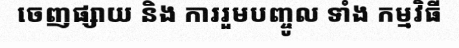
ចេញផ្សាយ និង ការរួមបញ្ចូល ទាំង កម្មវិធី